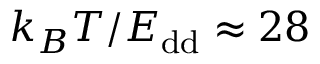
k _ { B } T / E _ { \mathrm { d d } } \approx 2 8